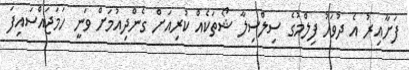
ފަށާއިރު އެ ދުވަހު ފިލްމުގެ ސިލްސިލާ ޝޯތަކެއް ކުރިއަށް ގެންދިއުމަށް ވަނީ ހަމަޖައްސައިފަ